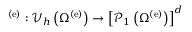
{ { \bf \Pi } ^ { \left( \mathrm { e } \right) } } : { \mathscr V } _ { h } \left( \Omega ^ { \left( \mathrm { e } \right) } \right) \rightarrow \left[ { \mathscr P } _ { 1 } \left( \Omega ^ { \left( \mathrm { e } \right) } \right) \right] ^ { d }